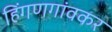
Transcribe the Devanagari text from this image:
हिंगणगांवकर